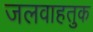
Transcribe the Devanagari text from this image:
जलवाहतुक